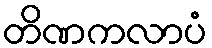
တိဏကလာပံ